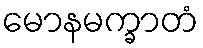
မောနမက္ခာတံ